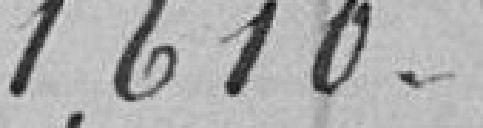
1610